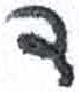
אות: ד